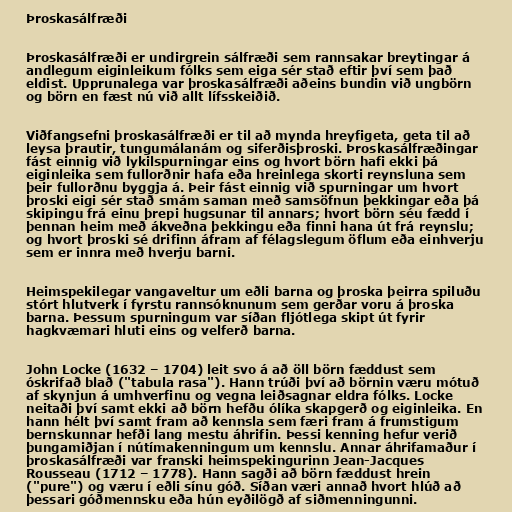
Þroskasálfræði

Þroskasálfræði er undirgrein sálfræði sem rannsakar breytingar á
andlegum eiginleikum fólks sem eiga sér stað eftir því sem það
eldist. Upprunalega var þroskasálfræði aðeins bundin við ungbörn
og börn en fæst nú við allt lífsskeiðið.

Viðfangsefni þroskasálfræði er til að mynda hreyfigeta, geta til að
leysa þrautir, tungumálanám og siferðisþroski. Þroskasálfræðingar
fást einnig við lykilspurningar eins og hvort börn hafi ekki þá
eiginleika sem fullorðnir hafa eða hreinlega skorti reynsluna sem
þeir fullorðnu byggja á. Þeir fást einnig við spurningar um hvort
þroski eigi sér stað smám saman með samsöfnun þekkingar eða þá
skipingu frá einu þrepi hugsunar til annars; hvort börn séu fædd í
þennan heim með ákveðna þekkingu eða finni hana út frá reynslu;
og hvort þroski sé drifinn áfram af félagslegum öflum eða einhverju
sem er innra með hverju barni.

Heimspekilegar vangaveltur um eðli barna og þroska þeirra spiluðu
stórt hlutverk í fyrstu rannsóknunum sem gerðar voru á þroska
barna. Þessum spurningum var síðan fljótlega skipt út fyrir
hagkvæmari hluti eins og velferð barna.

John Locke (1632 – 1704) leit svo á að öll börn fæddust sem
óskrifað blað ("tabula rasa"). Hann trúði því að börnin væru mótuð
af skynjun á umhverfinu og vegna leiðsagnar eldra fólks. Locke
neitaði því samt ekki að börn hefðu ólíka skapgerð og eiginleika. En
hann hélt því samt fram að kennsla sem færi fram á frumstigum
bernskunnar hefði lang mestu áhrifin. Þessi kenning hefur verið
þungamiðjan í nútímakenningum um kennslu. Annar áhrifamaður í
þroskasálfræði var franski heimspekingurinn Jean-Jacques
Rousseau (1712 – 1778). Hann sagði að börn fæddust hrein
("pure") og væru í eðli sínu góð. Síðan væri annað hvort hlúð að
þessari góðmennsku eða hún eyðilögð af siðmenningunni.